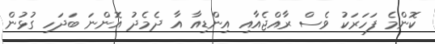
ކޮންމެ ފަހަރަކު ވެސް ރާއްޖެއާއި އިންޑިއާ އާ ދެެމެދު އޮންނަ ބަދަހި ގުޅުން